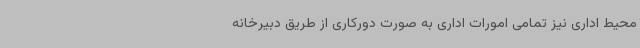
محیط اداری نیز تمامی امورات اداری به صورت دورکاری از طریق دبیرخانه